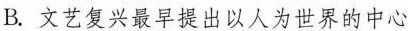
B.文艺复兴最早提出以人为世界的中心